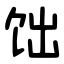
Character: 饳